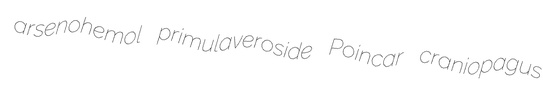
arsenohemol primulaveroside Poincar craniopagus